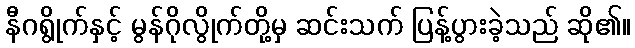
နီဂရွိုက်နှင့် မွန်ဂိုလွိုက်တို့မှ ဆင်းသက် ပြန့်ပွားခဲ့သည် ဆို၏။